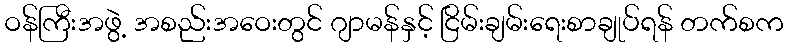
ဝန်ကြီးအဖွဲ့ အစည်းအဝေးတွင် ဂျာမန်နှင့် ငြိမ်းချမ်းရေးစာချုပ်ရန် တက်စက